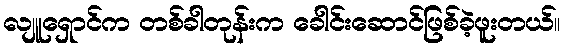
လျူရှောင်က တစ်ခါတုန်းက ခေါင်းဆောင်ဖြစ်ခဲ့ဖူးတယ်။